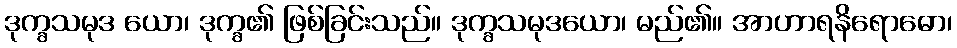
ဒုက္ခသမုဒ ယော၊ ဒုက္ခ၏ ဖြစ်ခြင်းသည်။ ဒုက္ခသမုဒယော၊ မည်၏။ အာဟာရနိရောဓော၊